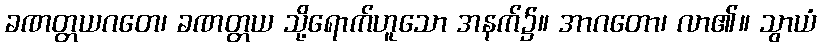
ခဏတ္တယဂတေ၊ ခဏတ္တယ သို့ရောက်ဟူသော အနက်၌။ အာဂတော၊ လာ၏။ သွာယံ